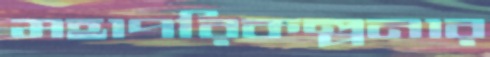
মহাপরিকল্পনার